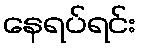
နေရပ်ရင်း